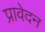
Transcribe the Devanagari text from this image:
प्रावेदन